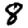
Digit: 8